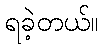
ရခဲ့တယ်။